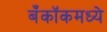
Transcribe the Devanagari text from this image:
बँकॉकमध्ये